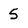
Character: 5